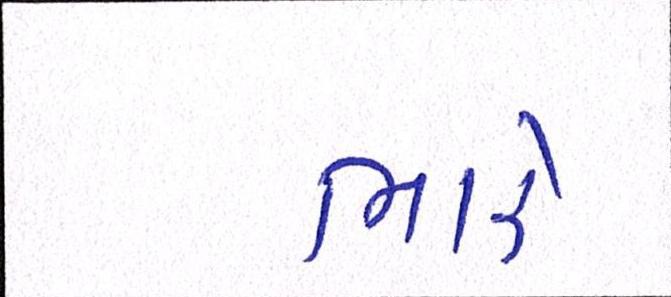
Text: ભારે